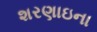
શરણાઇના